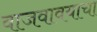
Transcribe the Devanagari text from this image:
वाजवावयाचा